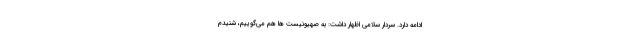
ادامه دارد. سردار سلامی اظهار داشت: به صهیونیست ها هم می‌گوییم، شنیدم